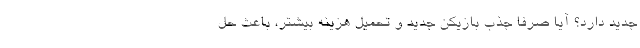
جدید دارد؟ آیا صرفا جذب بازیکن جدید و تحمیل هزینه بیشتر، باعث حل